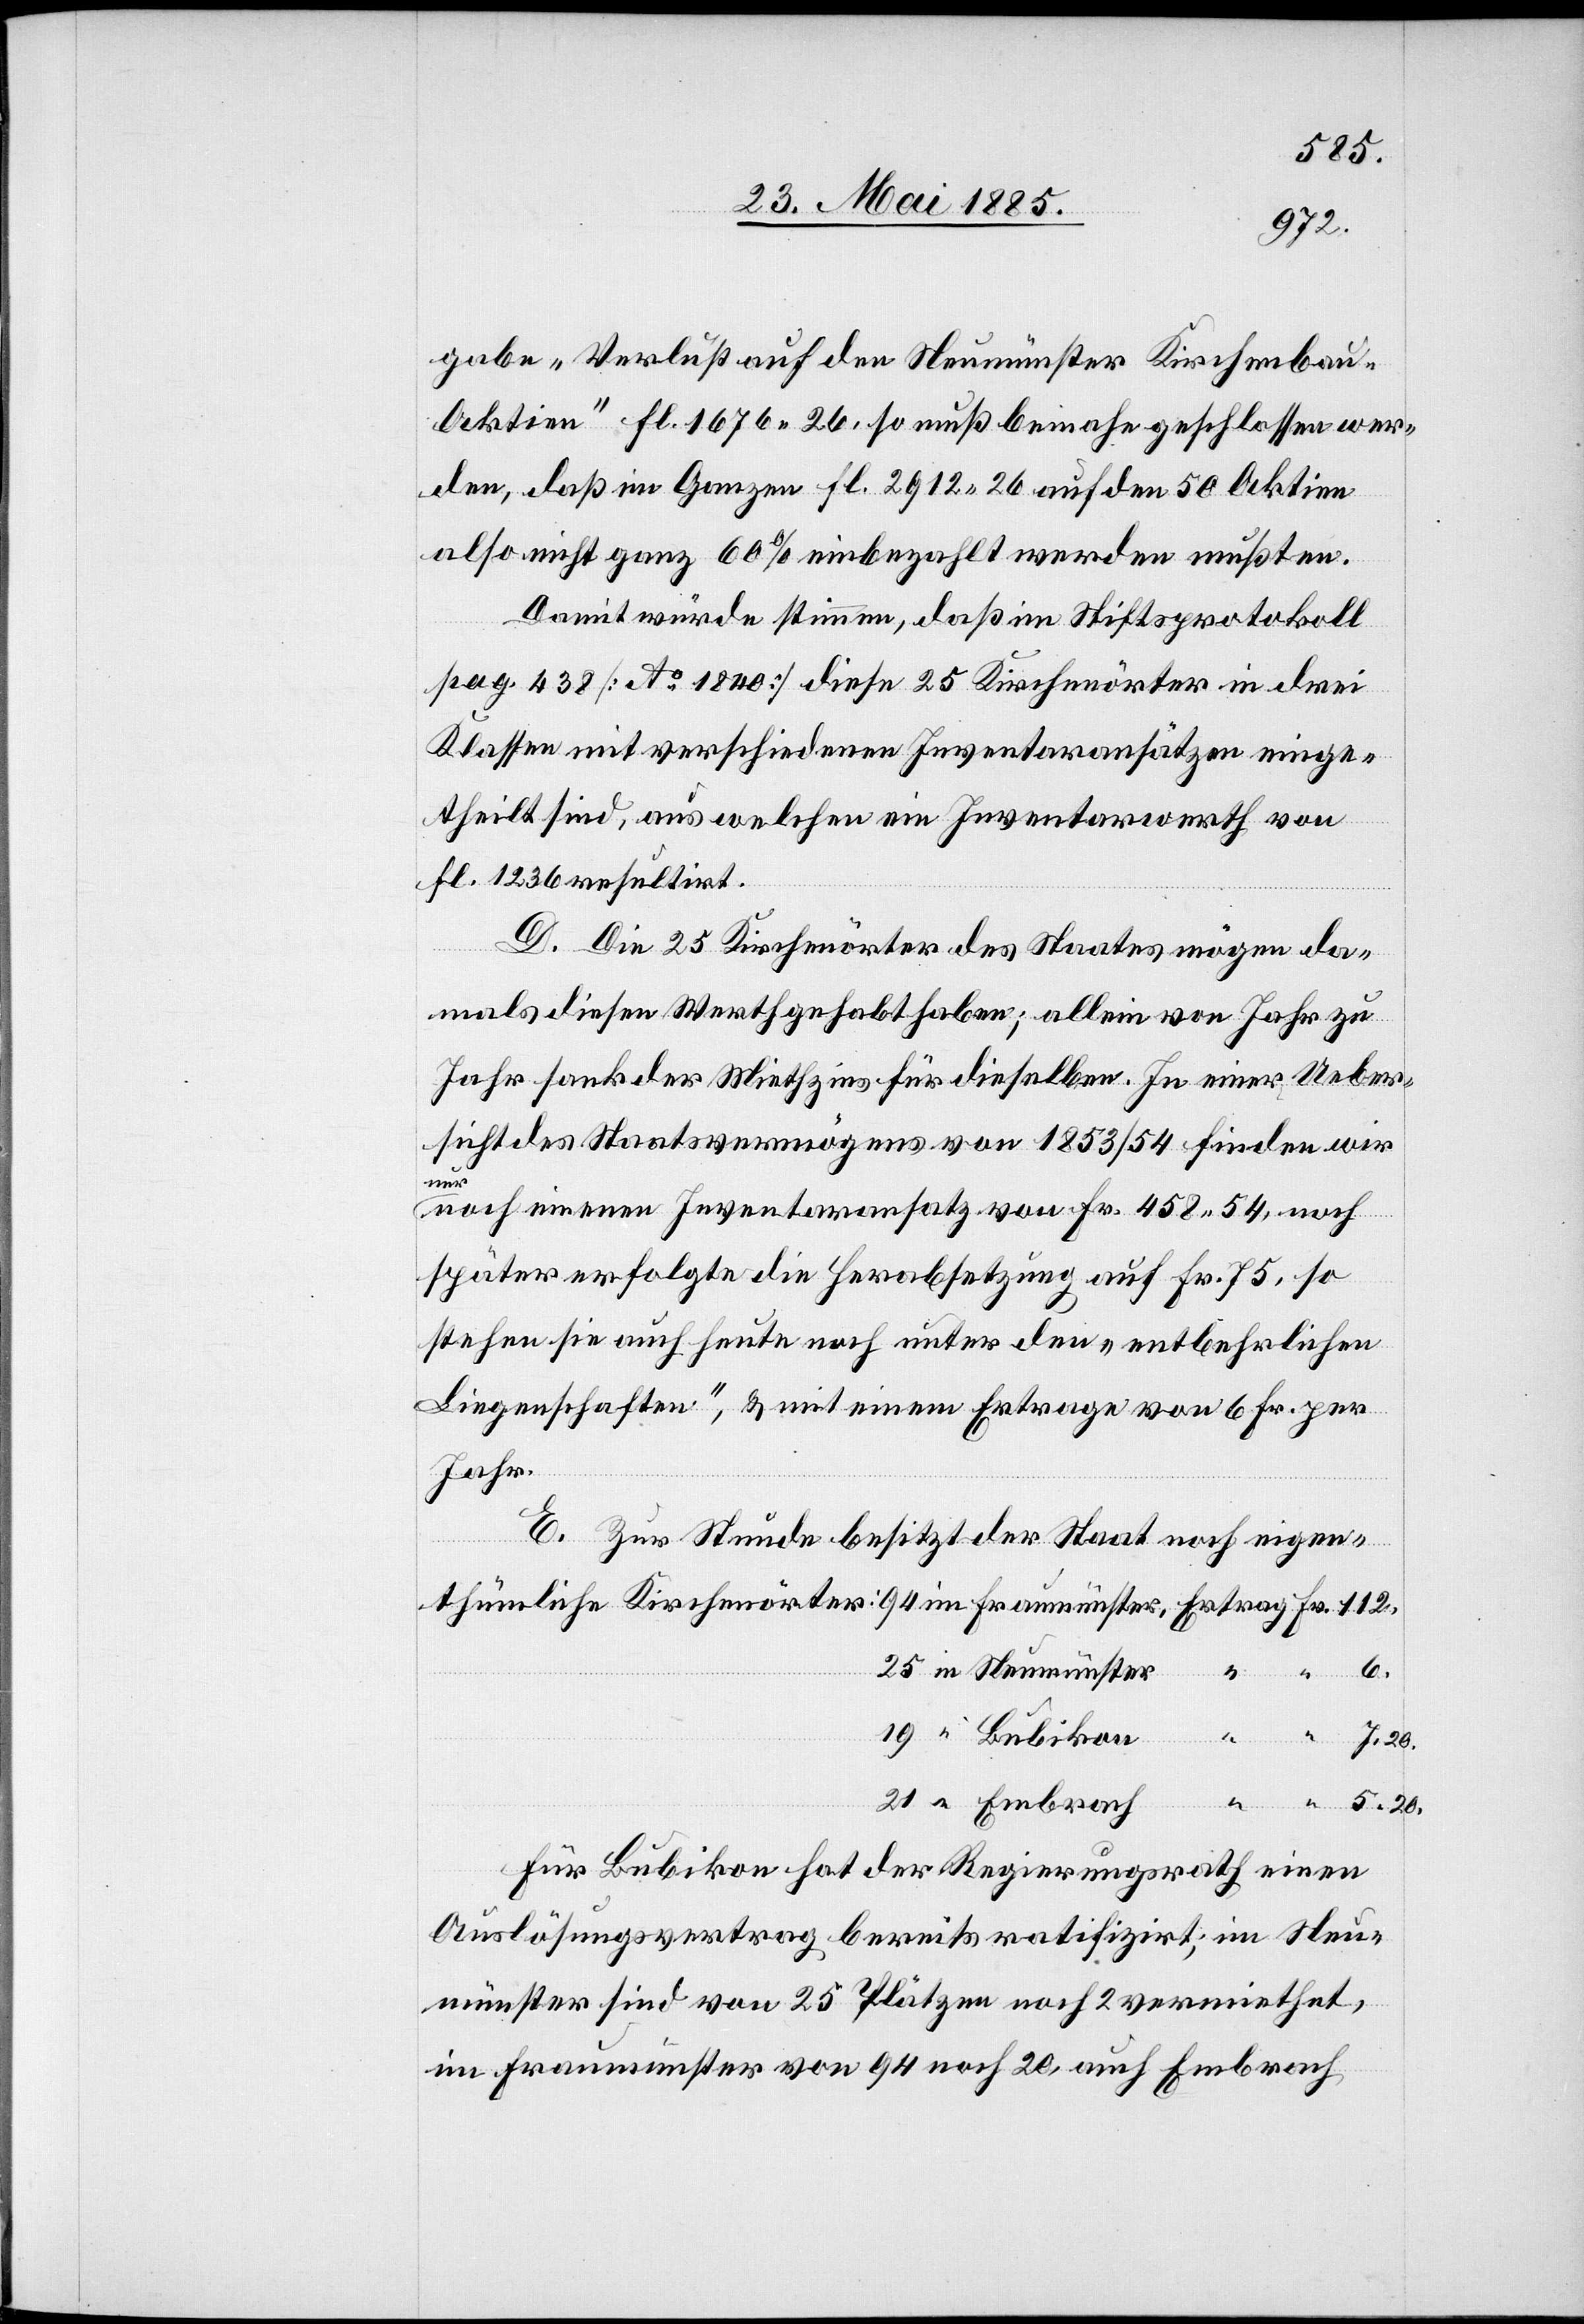
gabe „Verlust auf den Neumünster Kirchenbau-A¬
ktien“ Fl. 1676 26, so muß beinahe geschlossen wer¬
den, daß im Ganzen Fl. 912 26 auf den 50 Aktien
also nicht ganz 60% einbezahlt werden mußten.
Damit würde stimmen, daß im Stiftsprotokoll
pag. 438 [No 1840] diese 25 Kirchenörter in drei
Klassen mit verschiedenen Inventaransätzen einge¬
theilt sind, aus welchen ein Inventarwerth von
Fl. 1236 resultirt.
5.
D. Die 25 Kirchenörter des Staates mögen da¬
mals diesen Werth gehabt haben; allein von Jahr zu
Jahr sank der Miethzins für dieselben. In einer Ueber¬
sicht des Staatsvermögens von 1853/54 finden wir
in
später erfolgte die Herabsetzung auf Fr. 75, so
stehen sie auch heute noch unter den „entbehrlichen
Liegenschaften“, & mit einem Ertrage von 6 Fr. per
Jahr.
E. Zur Stunde besitzt der Staat noch eigen¬
Neumünster
Ertrag
112.
Für Bubikon hat der Regierungsrath einen
Auslösungsvertrag bereits ratifizirt; im Neu¬
münster sind von 25 Plätzen noch 2 vermiethet,
im Fraumünster von 94 noch 20, auch Embrach